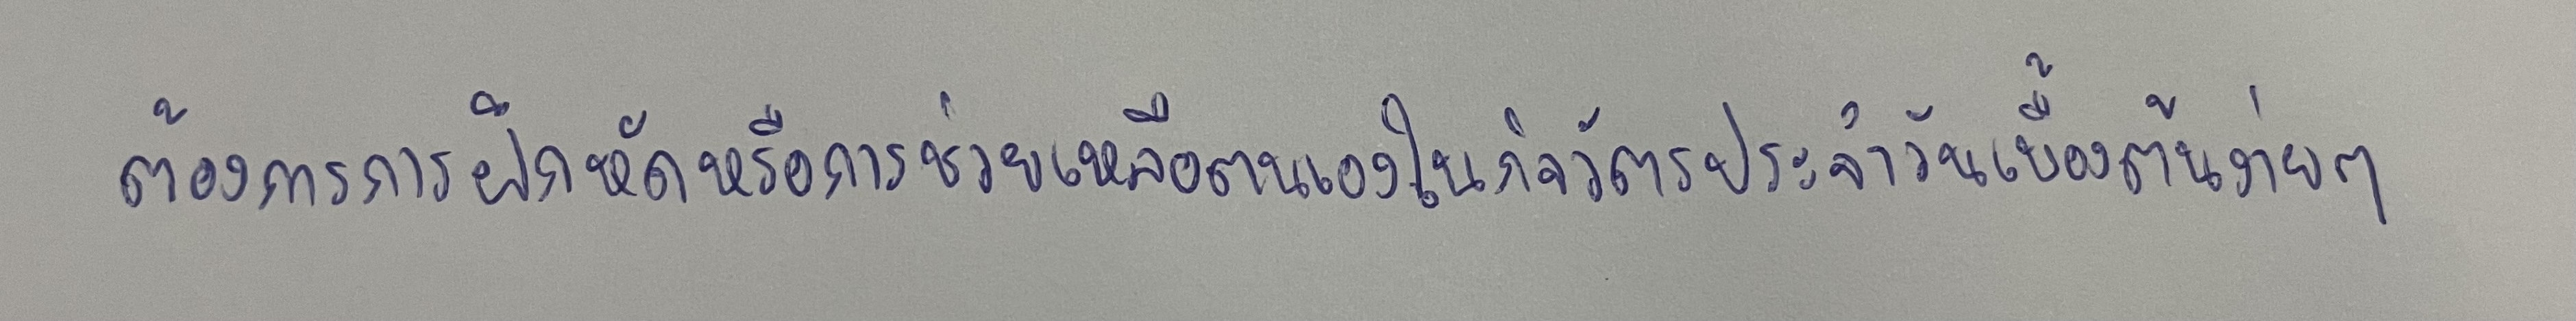
ต้องการการฝึกหัดหรือการช่วยเหลือตนเองในกิจวัตรประจำวันเบื้องต้นง่ายๆ